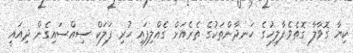
ކިޔާ ގޮވާލާ ގޮތެވެ.ފާލިހުގެ ހަނދާންތަކުގެ ތެރެއަށް ގެއްލިފައި ހުރި ފަލަކް ސިއްސައިގެން ދިއައީ